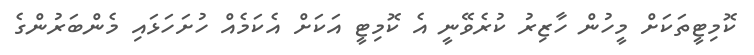
ކޮމިޓީތަކަށް މީހުން ހާޒިރު ކުރެވޭނީ އެ ކޮމިޓީ އަކަށް އެކަމެއް ހުށަހަޅައި މެންބަރުންގެ